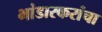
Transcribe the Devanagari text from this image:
भांडारकरांचा